Trukikaitis_Postimees, lk 172
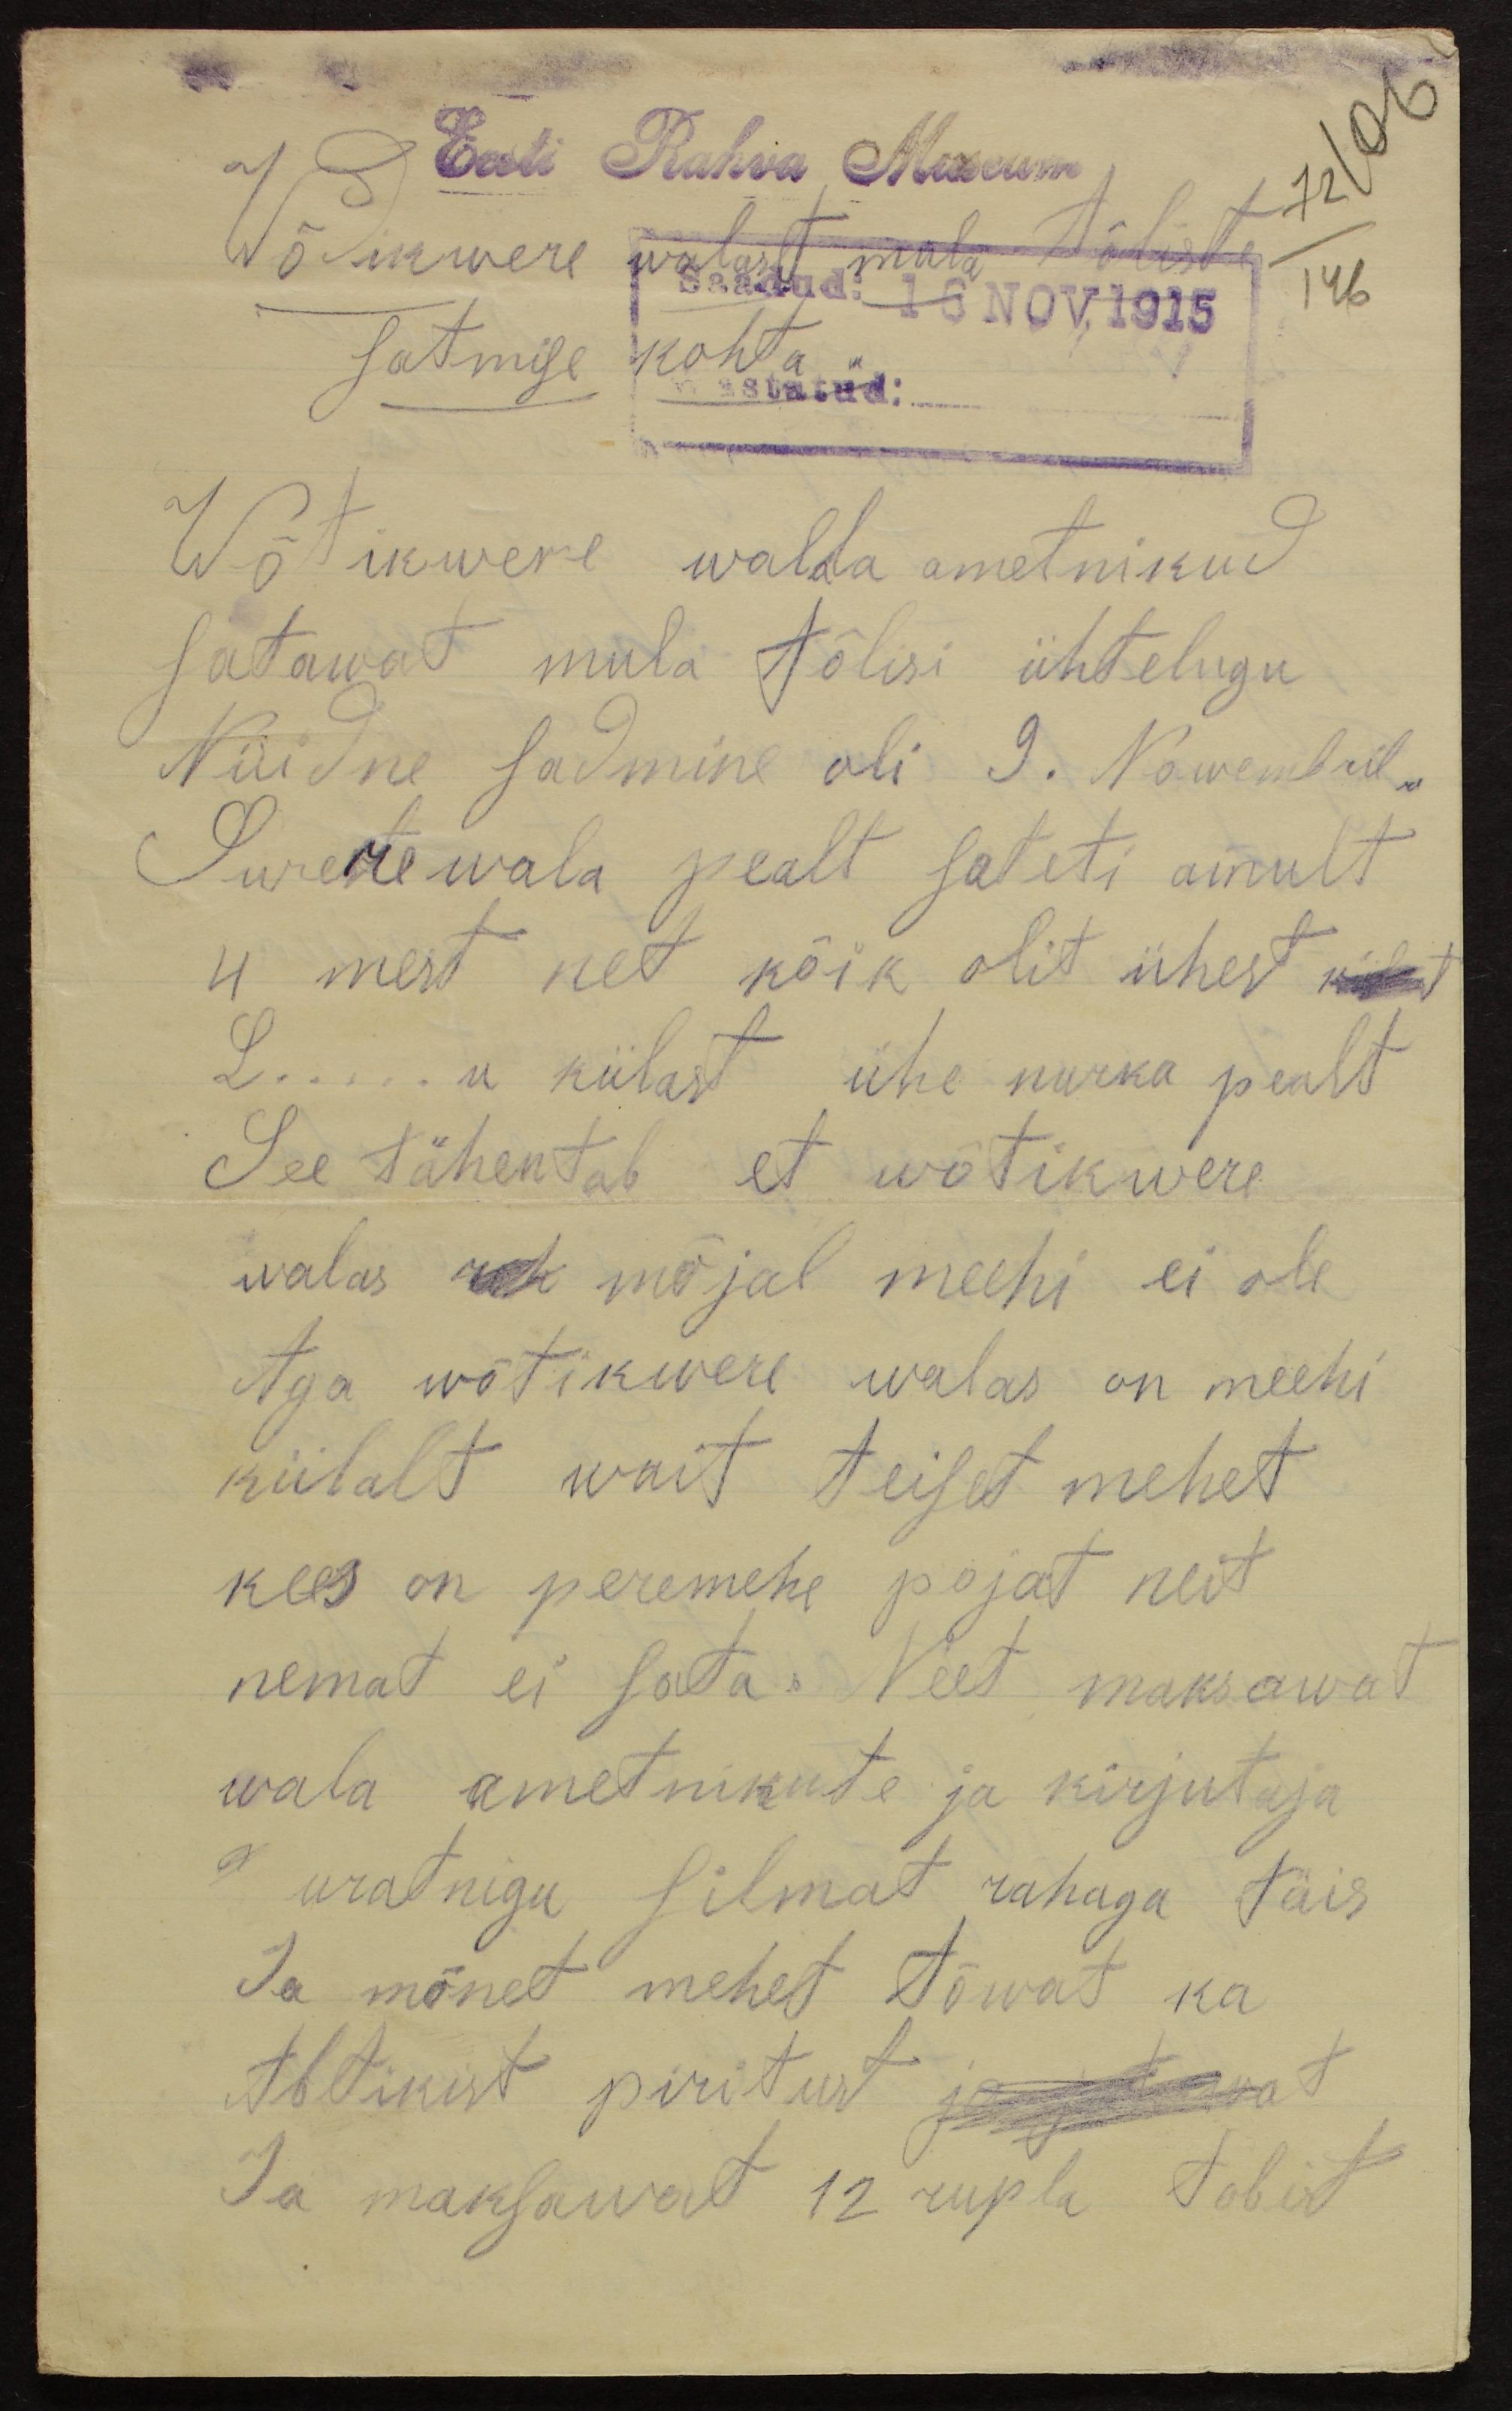
Eesti Rahva Museum
Wõdikwere walaslt mula töliste
satmise kohta
Wõtikwere walda ametnikud
satawat mula tölisi ühtelugu
Nüidne sadmine oli 9. Nowembril
Suresr wala pealt sateti ainult
4 mest, net kõik oli ühest
L.....u külast ühe nurka pealt
See tähentab et wõtikwere
walas reh mõjal meehi ei ole
Aga wõtikwere walas on meehi
külalt wait teiset mehet
kees on peremehe pojat neit
nemat ei sata. Veet maksawad
wala ametnikute ja kirjutaja
uratnigu silmat rahaga täis
Ja mõnet mehet tõwat ka
Abtikist piritust ja petawat
Ja maksawat 12 rubla tobit